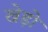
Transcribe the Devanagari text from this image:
खेड़ो